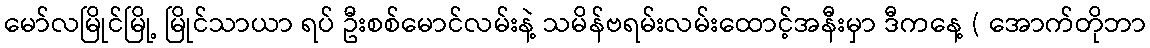
မော်လမြိုင်မြို့ မြိုင်သာယာ ရပ် ဦးစစ်မောင်လမ်းနဲ့ သမိန်ဗရမ်းလမ်းထောင့်အနီးမှာ ဒီကနေ့ ( အောက်တိုဘာ